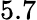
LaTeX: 5.7